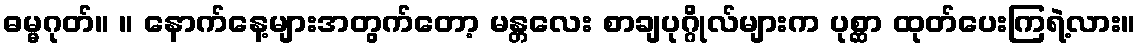
ဓမ္မဂုတ်။ ။ နောက်နေ့များအတွက်တော့ မန္တလေး စာချပုဂ္ဂိုလ်များက ပုစ္ဆာ ထုတ်ပေးကြရဲ့လား။